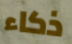
ذكاء